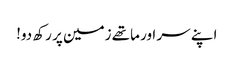
اپنے سر اور ماتھے زمین پر رکھ دو!